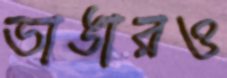
ভাঙারও